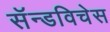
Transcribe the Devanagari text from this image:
सॅन्डविचेस